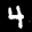
Label: 4